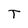
Character: T